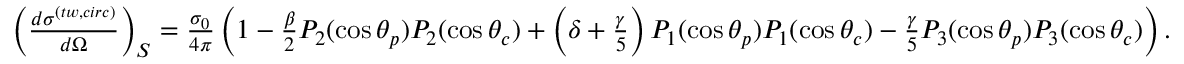
\begin{array} { r } { \left( \frac { d \sigma ^ { ( t w , c i r c ) } } { d \Omega } \right) _ { S } = \frac { \sigma _ { 0 } } { 4 \pi } \left( 1 - \frac { \beta } { 2 } P _ { 2 } ( \cos \theta _ { p } ) P _ { 2 } ( \cos \theta _ { c } ) + \left( \delta + \frac { \gamma } { 5 } \right) P _ { 1 } ( \cos \theta _ { p } ) P _ { 1 } ( \cos \theta _ { c } ) - \frac { \gamma } { 5 } P _ { 3 } ( \cos \theta _ { p } ) P _ { 3 } ( \cos \theta _ { c } ) \right) . } \end{array}